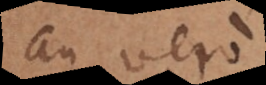
an vero